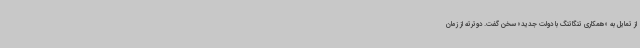
از تمایل به «همکاری تنگاتنگ با دولت جدید» سخن گفت. دوترته از زمان